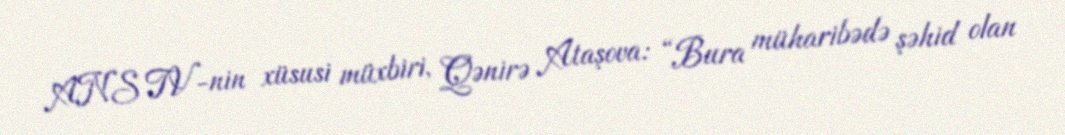
ANS TV-nin xüsusi müxbiri, Qənirə Ataşova: “Bura müharibədə şəhid olan